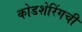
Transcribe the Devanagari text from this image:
कोडशेरिंगची